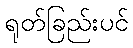
ရုတ်ခြည်းပင်